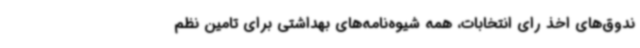
ندوق‌های اخذ رای انتخابات، همه شیوه‌نامه‌های بهداشتی برای تامین نظم